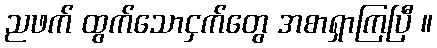
ညဖက် ထွက်သောငှက်တွေ အစာရှာကြပြီ ။